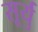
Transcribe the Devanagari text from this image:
सूर्यु